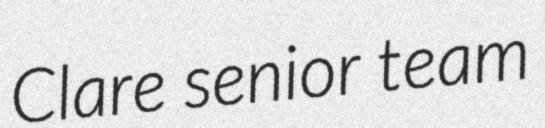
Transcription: Clare senior team